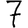
Digit: 7